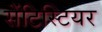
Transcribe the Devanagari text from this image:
सेंटिस्टियर